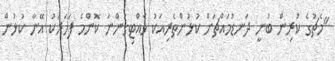
"މެޗުގެ ކުރިން ބުނީ ދަނޑުމައްޗަށް ކުޅުންތެރިއަކު ވެއްޓިގަންނަ ކޮންމެ ފަހަރަކު އޭނާ ކުޅުން